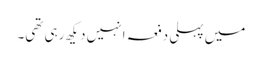
میں پہلی دفعہ انہیں دیکھ رہی تھی۔